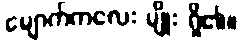
မျောက်ကလေး မျိုး ရှိ၏။